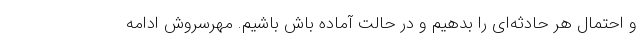
و احتمال هر حادثه‌ای را بدهیم و در حالت آماده باش باشیم. مهرسروش ادامه